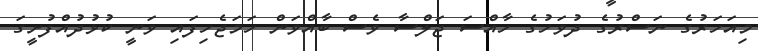
މިއަހަރުގެ ނަސްރުގެ ދުވަހުގެ ހާއްސަ ޖަލްސާ ވެސް ބާއްވަން ހަމަޖެހިފައި ވަނީ ކުޅުދުއްފުށީގަ